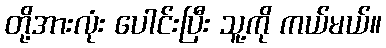
တို့အားလုံး ပေါင်းပြီး သူ့ကို ကယ်မယ်။